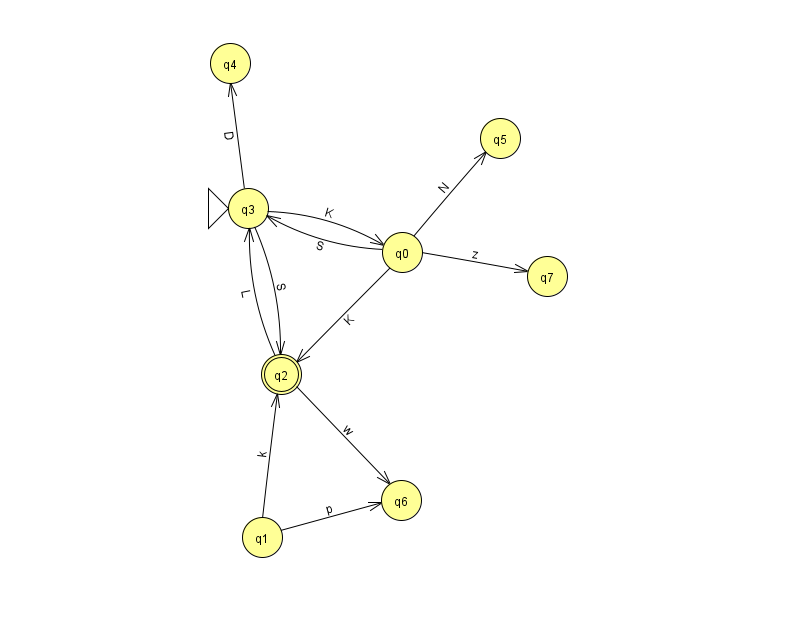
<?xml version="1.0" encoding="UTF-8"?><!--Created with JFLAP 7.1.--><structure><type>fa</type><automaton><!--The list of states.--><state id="0" name="q0"><x>402.0</x><y>239.0</y></state><state id="1" name="q1"><x>262.0</x><y>524.0</y></state><state id="2" name="q2"><x>281.0</x><y>361.0</y><final/></state><state id="3" name="q3"><x>248.0</x><y>195.0</y><initial/></state><state id="4" name="q4"><x>230.0</x><y>50.0</y></state><state id="5" name="q5"><x>500.0</x><y>125.0</y></state><state id="6" name="q6"><x>401.0</x><y>487.0</y></state><state id="7" name="q7"><x>547.0</x><y>263.0</y></state><!--The list of transitions.--><transition><from>3</from><to>4</to><read>D</read></transition><transition><from>0</from><to>2</to><read>K</read></transition><transition><from>0</from><to>3</to><read>S</read></transition><transition><from>0</from><to>5</to><read>N</read></transition><transition><from>2</from><to>3</to><read>L</read></transition><transition><from>0</from><to>7</to><read>z</read></transition><transition><from>3</from><to>2</to><read>S</read></transition><transition><from>1</from><to>2</to><read>k</read></transition><transition><from>3</from><to>0</to><read>K</read></transition><transition><from>1</from><to>6</to><read>p</read></transition><transition><from>2</from><to>6</to><read>w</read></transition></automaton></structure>